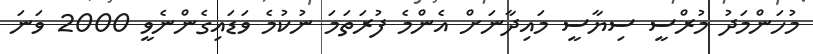
މުހަންމަދު މުރްސީ ސިޔާސީ މައިދާނަށް އެންމެ ފުރަތަމަ ނުކުމެ ވަޑައިގެންނެވީ 2000 ވަނަ